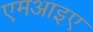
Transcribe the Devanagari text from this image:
एमआइए